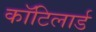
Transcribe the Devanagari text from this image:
कॉटिलार्ड